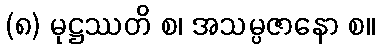
(၈) မုဋ္ဌဿတိ စ၊ အသမ္ပဇာနော စ။